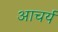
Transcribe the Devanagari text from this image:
आचर्य